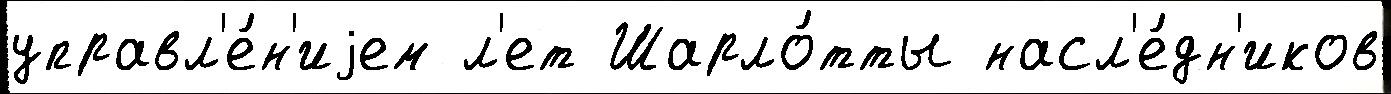
управл'е́н'иjем л'ет Шарло́тты насл'е́дн'иков